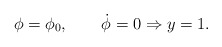
\begin{align*}{\phi=\phi_0,\qquad \dot{\phi}=0 \Rightarrow y=1.}\end{align*}